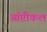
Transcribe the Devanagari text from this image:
ऑप्टीकल